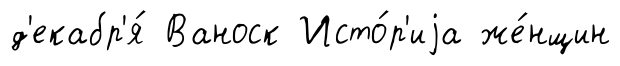
д'екабр'я́ Ваноск Исто́р'иjа же́нщин